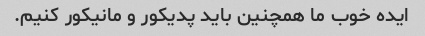
ایده خوب ما همچنین باید پدیکور و مانیکور کنیم.